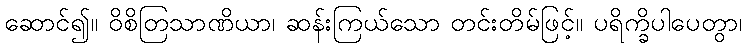
ဆောင်၍။ ဝိစိတြသာဏိယာ၊ ဆန်းကြယ်သော တင်းတိမ်ဖြင့်။ ပရိက္ခိပါပေတွာ၊